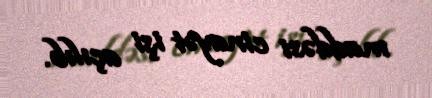
maddəsi cinayət işi açılıb.